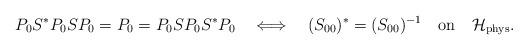
LaTeX: \begin{align*}P_0S^*P_0SP_0=P_0=P_0SP_0S^*P_0\quad\Longleftrightarrow \quad(S_{00})^*=(S_{00})^{-1}\quad \mathrm{on}\quad \mathcal{H}_{\mathrm{phys}}.\end{align*}